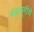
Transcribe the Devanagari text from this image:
मायभूमीचे